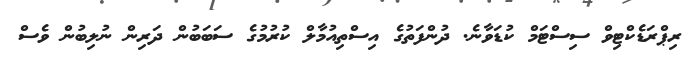
ރިޕްރަޑެކްޓިވް ސިސްޓަމް ކުޑަވާނެ. ދުންފަތުގެ އިސްތިއުމާލް ކުރުމުގެ ސަބަބުން ދަރިން ނުލިބުން ވެސް